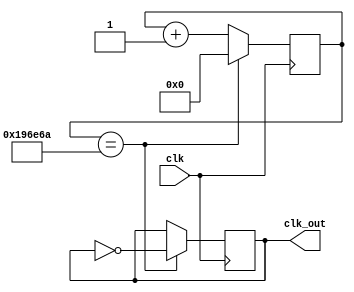
`timescale 1ns / 1ps
//////////////////////////////////////////////////////////////////////////////////
// Company: 
// Engineer: 
// 
// Design Name: 
// Module Name:    divFreq 
// Project Name: 
// Target Devices: 
// Tool versions: 
// Description: 
//
// Dependencies: 
//
// Revision: 
// Revision 0.01 - File Created
// Additional Comments: 
//
//////////////////////////////////////////////////////////////////////////////////
module divFreq(clk , clk_out); //Divisor de frecuencia

input clk;
output reg clk_out;
parameter freq = 100000000;
parameter freq_out = 30;
localparam max_count = freq/(2*freq_out);
reg [30:0] count;

initial begin
count='d0;
clk_out=0;
end

always @(posedge clk) begin

	if(count == (max_count)) begin
		clk_out = ~clk_out;
		count = 0;
	end
	else
	count=count+1;
end

endmodule